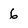
Character: 6